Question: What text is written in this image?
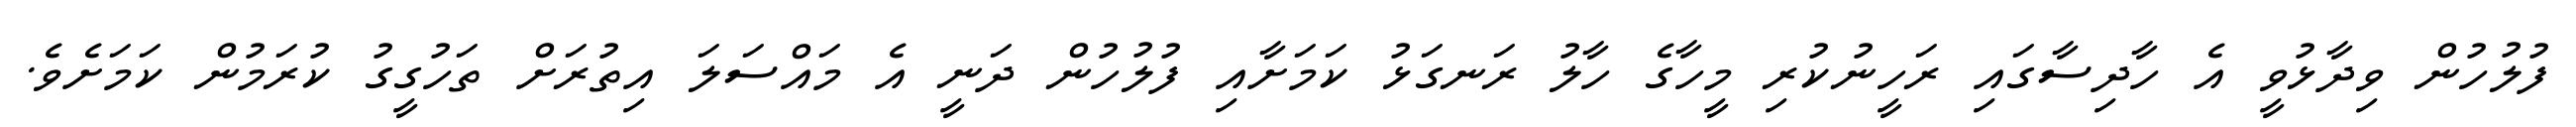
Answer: ފުލުހުން ވިދާޅުވީ އެ ހާދިސާގައި ރަހީނުކުރި މީހާގެ ހާލު ރަނގަޅު ކަމަށާއި ފުލުހުން ދަނީ އެ މައްސަލަ އިތުރަށް ތަހުގީގު ކުރަމުން ކަމަށެވެ.